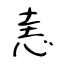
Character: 恚